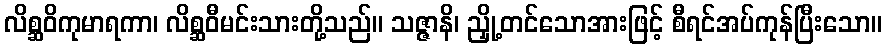
လိစ္ဆဝိကုမာရကာ၊ လိစ္ဆဝီမင်းသားတို့သည်။ သဇ္ဇာနိ၊ ညှို့တင်သောအားဖြင့် စီရင်အပ်ကုန်ပြီးသော။